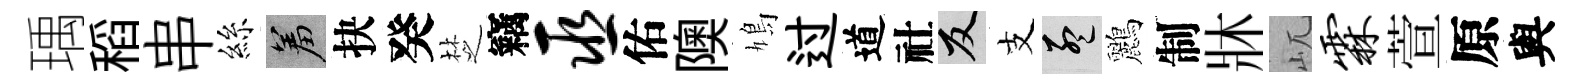
瑀稻串絲羞抉癸椘竊巫佑隩鳩过道社反支孟鸝制牀屼霖萱原與